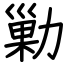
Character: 勦